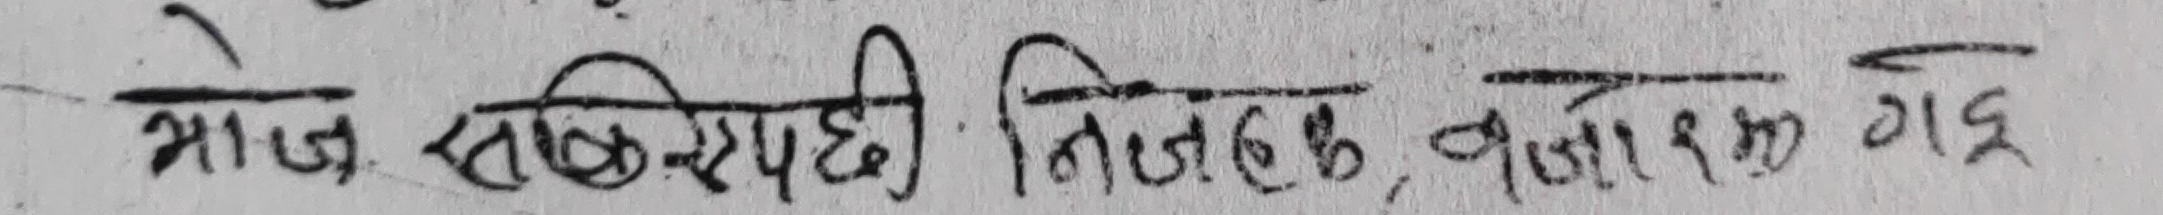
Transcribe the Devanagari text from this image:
आज सचिवालय निर्णयक अनुसार १२० गइ